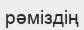
рәміздің